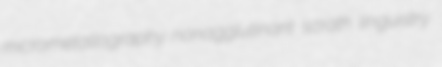
micrometallography nonagglutinant scrath linguistry